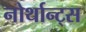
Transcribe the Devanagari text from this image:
नोर्थान्ट्स